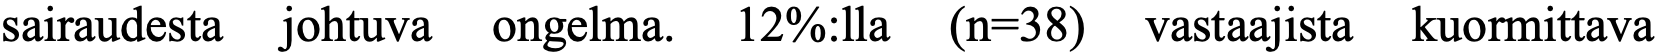
sairaudesta johtuva ongelma. 12%:lla (n=38) vastaajista kuormittava